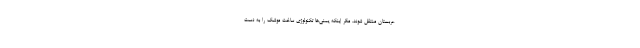
عربستان منتقل شوند. مگر اینکه یمنی‌ها تکنولوژی ساخت موشک را به دست